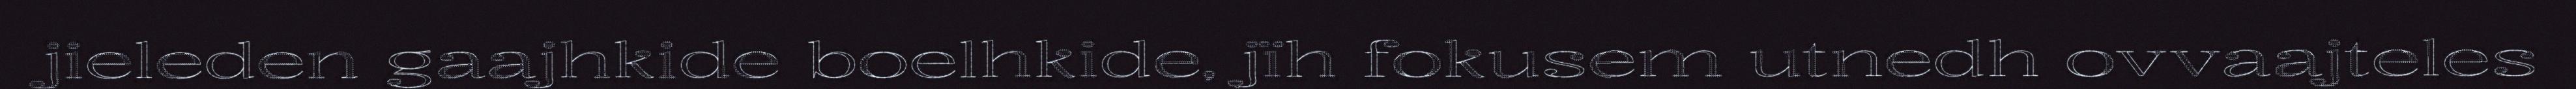
jieleden gaajhkide boelhkide, jïh fokusem utnedh ovvaajteles